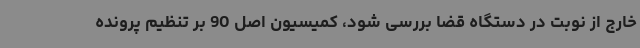
خارج از نوبت در دستگاه قضا بررسی شود، کمیسیون اصل 90 بر تنظیم پرونده